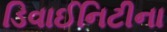
ડિવાઈનિટીના